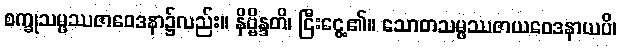
စက္ခုသမ္ဖဿဇာဝေဒနာ၌လည်း။ နိဗ္ဗိန္ဒတိ၊ ငြီးငွေ့၏။ သောတသမ္ဖဿဇာယဝေဒနာယပိ၊